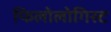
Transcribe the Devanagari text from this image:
फिलोलोगिस्ट